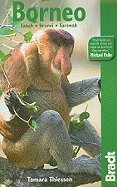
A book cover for Bradt Travel Guide Borneo Sabah, Brunei, Sarawak [PB,2009]; Travel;